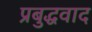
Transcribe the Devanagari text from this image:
प्रबुद्धवाद